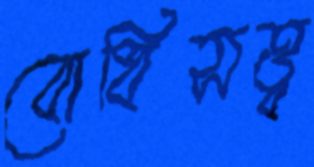
বোধিসত্ত্ব